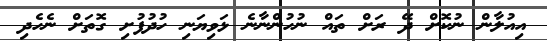
އިއުލާން ނުކޮށް ދޭ ރަށް ތައް ނުހުންނާނެ ޅަވިޔަނި ހުދުފުށި ގޮތަށް ނެހެދި